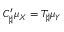
C _ { \sharp } ^ { \prime } \mu _ { X } = T _ { \sharp } \mu _ { Y }